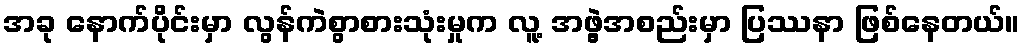
အခု နောက်ပိုင်းမှာ လွန်ကဲစွာစားသုံးမှုက လူ့ အဖွဲ့အစည်းမှာ ပြဿနာ ဖြစ်နေတယ်။